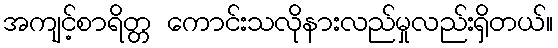
အကျင့်စာရိတ္တ ကောင်းသလိုနားလည်မှုလည်းရှိတယ်။